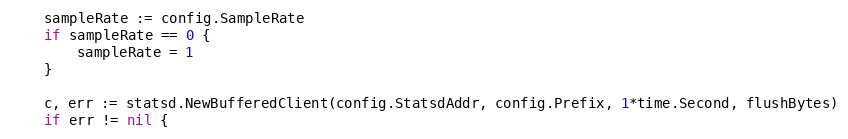
Language: Go
	sampleRate := config.SampleRate
	if sampleRate == 0 {
		sampleRate = 1
	}

	c, err := statsd.NewBufferedClient(config.StatsdAddr, config.Prefix, 1*time.Second, flushBytes)
	if err != nil {